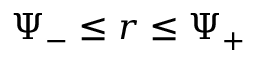
\Psi _ { - } \leq r \leq \Psi _ { + }